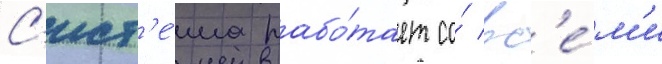
С'ист'е́ма рабо́тает со́ вс'е́м'и